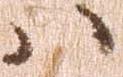
ハ